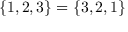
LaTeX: \{ 1 , 2 , 3 \} = \{ 3 , 2 , 1 \}